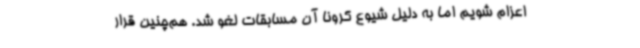
اعزام شویم اما به دلیل شیوع کرونا آن مسابقات لغو شد. هم‌چنین قرار